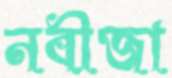
নবীজা